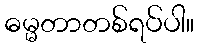
ဓမ္မတာတစ်ရပ်ပါ။